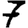
Digit: 7